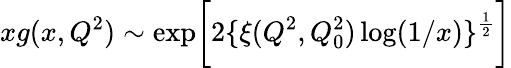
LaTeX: xg(x,Q^{2})\sim\exp\biggl[2\{ \xi(Q^{2},Q_{0}^{2})\log(1/x)\} ^{\frac{1}{2}}\biggr]